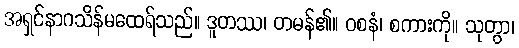
အရှင်နာဂသိန်မထေရ်သည်။ ဒူတဿ၊ တမန်၏။ ဝစနံ၊ စကားကို။ သုတွာ၊